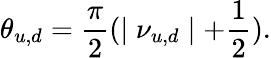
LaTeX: \theta_{u,d}=\frac{\pi}{2}(\mid\nu_{u,d}\mid+\frac{1}{2}).